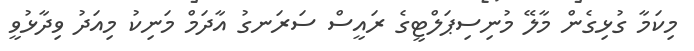
މިކަމާ ގުޅިގެން މާލޭ މުނިސިޕަލްޓީގެ ރައީސް ސަރަނގު އާދަމް މަނިކު މިއަދު ވިދާޅުވީ